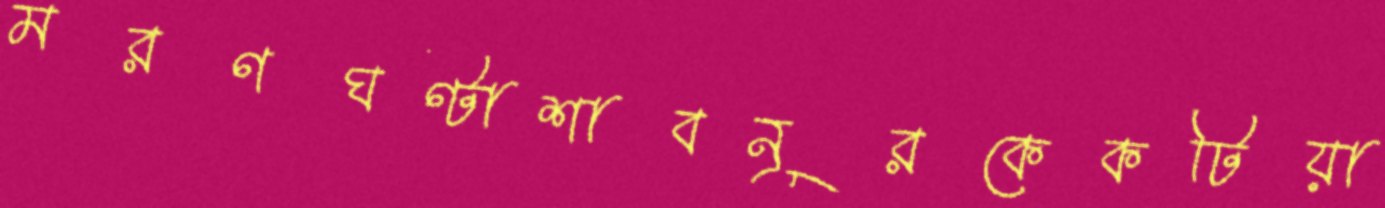
মরণঘণ্টাশাবনূরকেকটিয়া